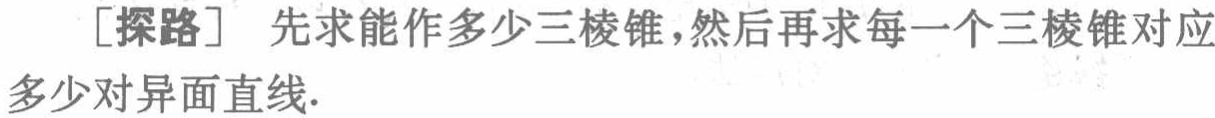
[探路] 先求能作多少三棱锥，然后再求每一个三棱锥对应多少对异面直线.